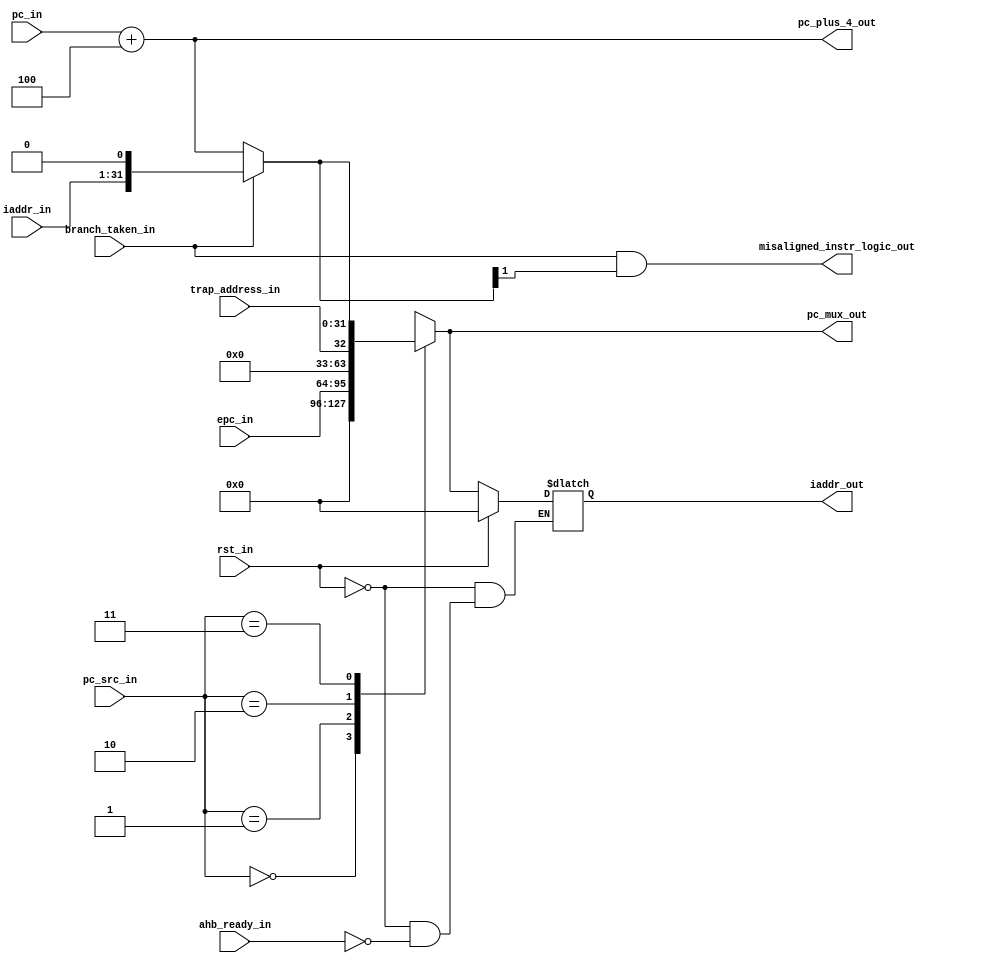
module msrv32_pc (
  input rst_in,
  input [1:0] pc_src_in,
  input [31:0] epc_in,
  input trap_address_in,
  input branch_taken_in,
  input [31:1] iaddr_in,
  input ahb_ready_in,
  input [31:0] pc_in,
  output reg [31:0] iaddr_out,
  output [31:0] pc_plus_4_out,
  output misaligned_instr_logic_out,
  output reg [31:0] pc_mux_out
);

  parameter BOOT_ADDRESS = 32'b0;

  wire [31:0] next_pc;

  assign pc_plus_4_out = pc_in + 32'h00000004;
  assign next_pc = (branch_taken_in) ? {iaddr_in[31:1], 1'b0} : pc_plus_4_out;
  assign misaligned_instr_logic_out = branch_taken_in & next_pc[1];

  always @*
  begin
    case (pc_src_in)
      2'b00: pc_mux_out = BOOT_ADDRESS;
      2'b01: pc_mux_out = epc_in;
      2'b10: pc_mux_out = trap_address_in;
      2'b11: pc_mux_out = next_pc;
      default: pc_mux_out = next_pc;
    endcase
  end

  always @*
  begin
    if (rst_in)
      iaddr_out = BOOT_ADDRESS;
    else if (ahb_ready_in)
      iaddr_out = pc_mux_out;
  end

endmodule